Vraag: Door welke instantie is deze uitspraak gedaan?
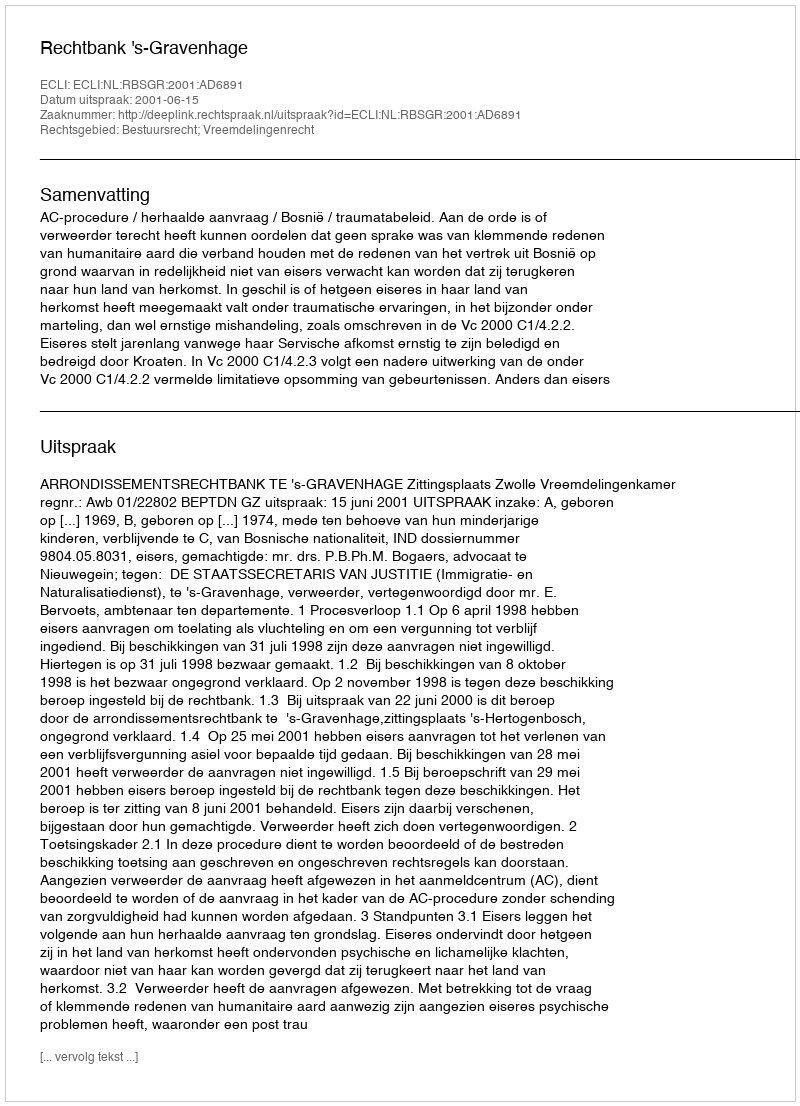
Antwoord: Rechtbank 's-Gravenhage